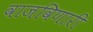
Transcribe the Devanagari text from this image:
वाजविणारी